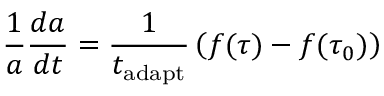
\frac { 1 } { a } \frac { d a } { d t } = \frac { 1 } { t _ { \mathrm { a d a p t } } } \left( f ( \tau ) - f ( \tau _ { 0 } ) \right)